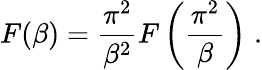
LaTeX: F(\beta)=\frac{\pi^{2}}{\beta^{2}}F\left(\frac{\pi^{2}}{\beta}\right)\; .